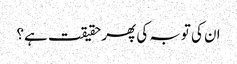
ان کی توبہ کی پھر حقیقت ہے؟